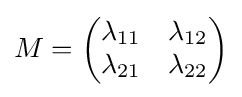
M={\begin{pmatrix}\lambda _{11}&\lambda _{12}\\\lambda _{21}&\lambda _{22}\end{pmatrix}}